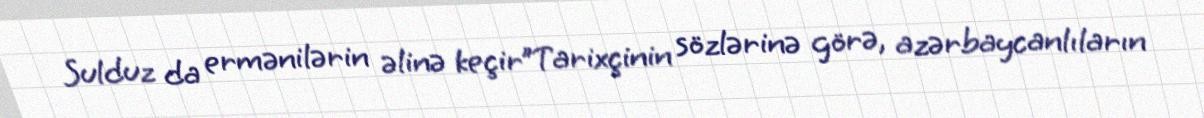
Sulduz da ermənilərin əlinə keçir”Tarixçinin sözlərinə görə, azərbaycanlıların